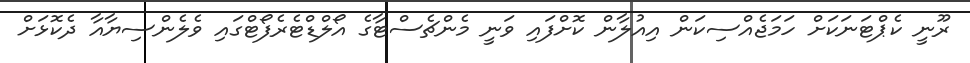
ރޫނީ ކެޕްޓަނަކަށް ހަމަޖެއްސިކަން އިއުލާން ކޮށްފައި ވަނީ މެންޗެސްޓާގެ އޯލްޑްޓެރެފޯޓްގައި ވެލެންސިޔާއާ ދެކޮޅަށް